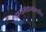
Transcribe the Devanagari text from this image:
अभ्यासक्रमांमधील